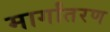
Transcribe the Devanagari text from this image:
मार्गांतरण